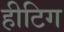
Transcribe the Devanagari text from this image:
हीटिग